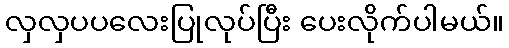
လှလှပပလေးပြုလုပ်ပြီး ပေးလိုက်ပါမယ်။